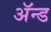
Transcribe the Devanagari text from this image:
ॲन्‍ड